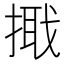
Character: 𢲦